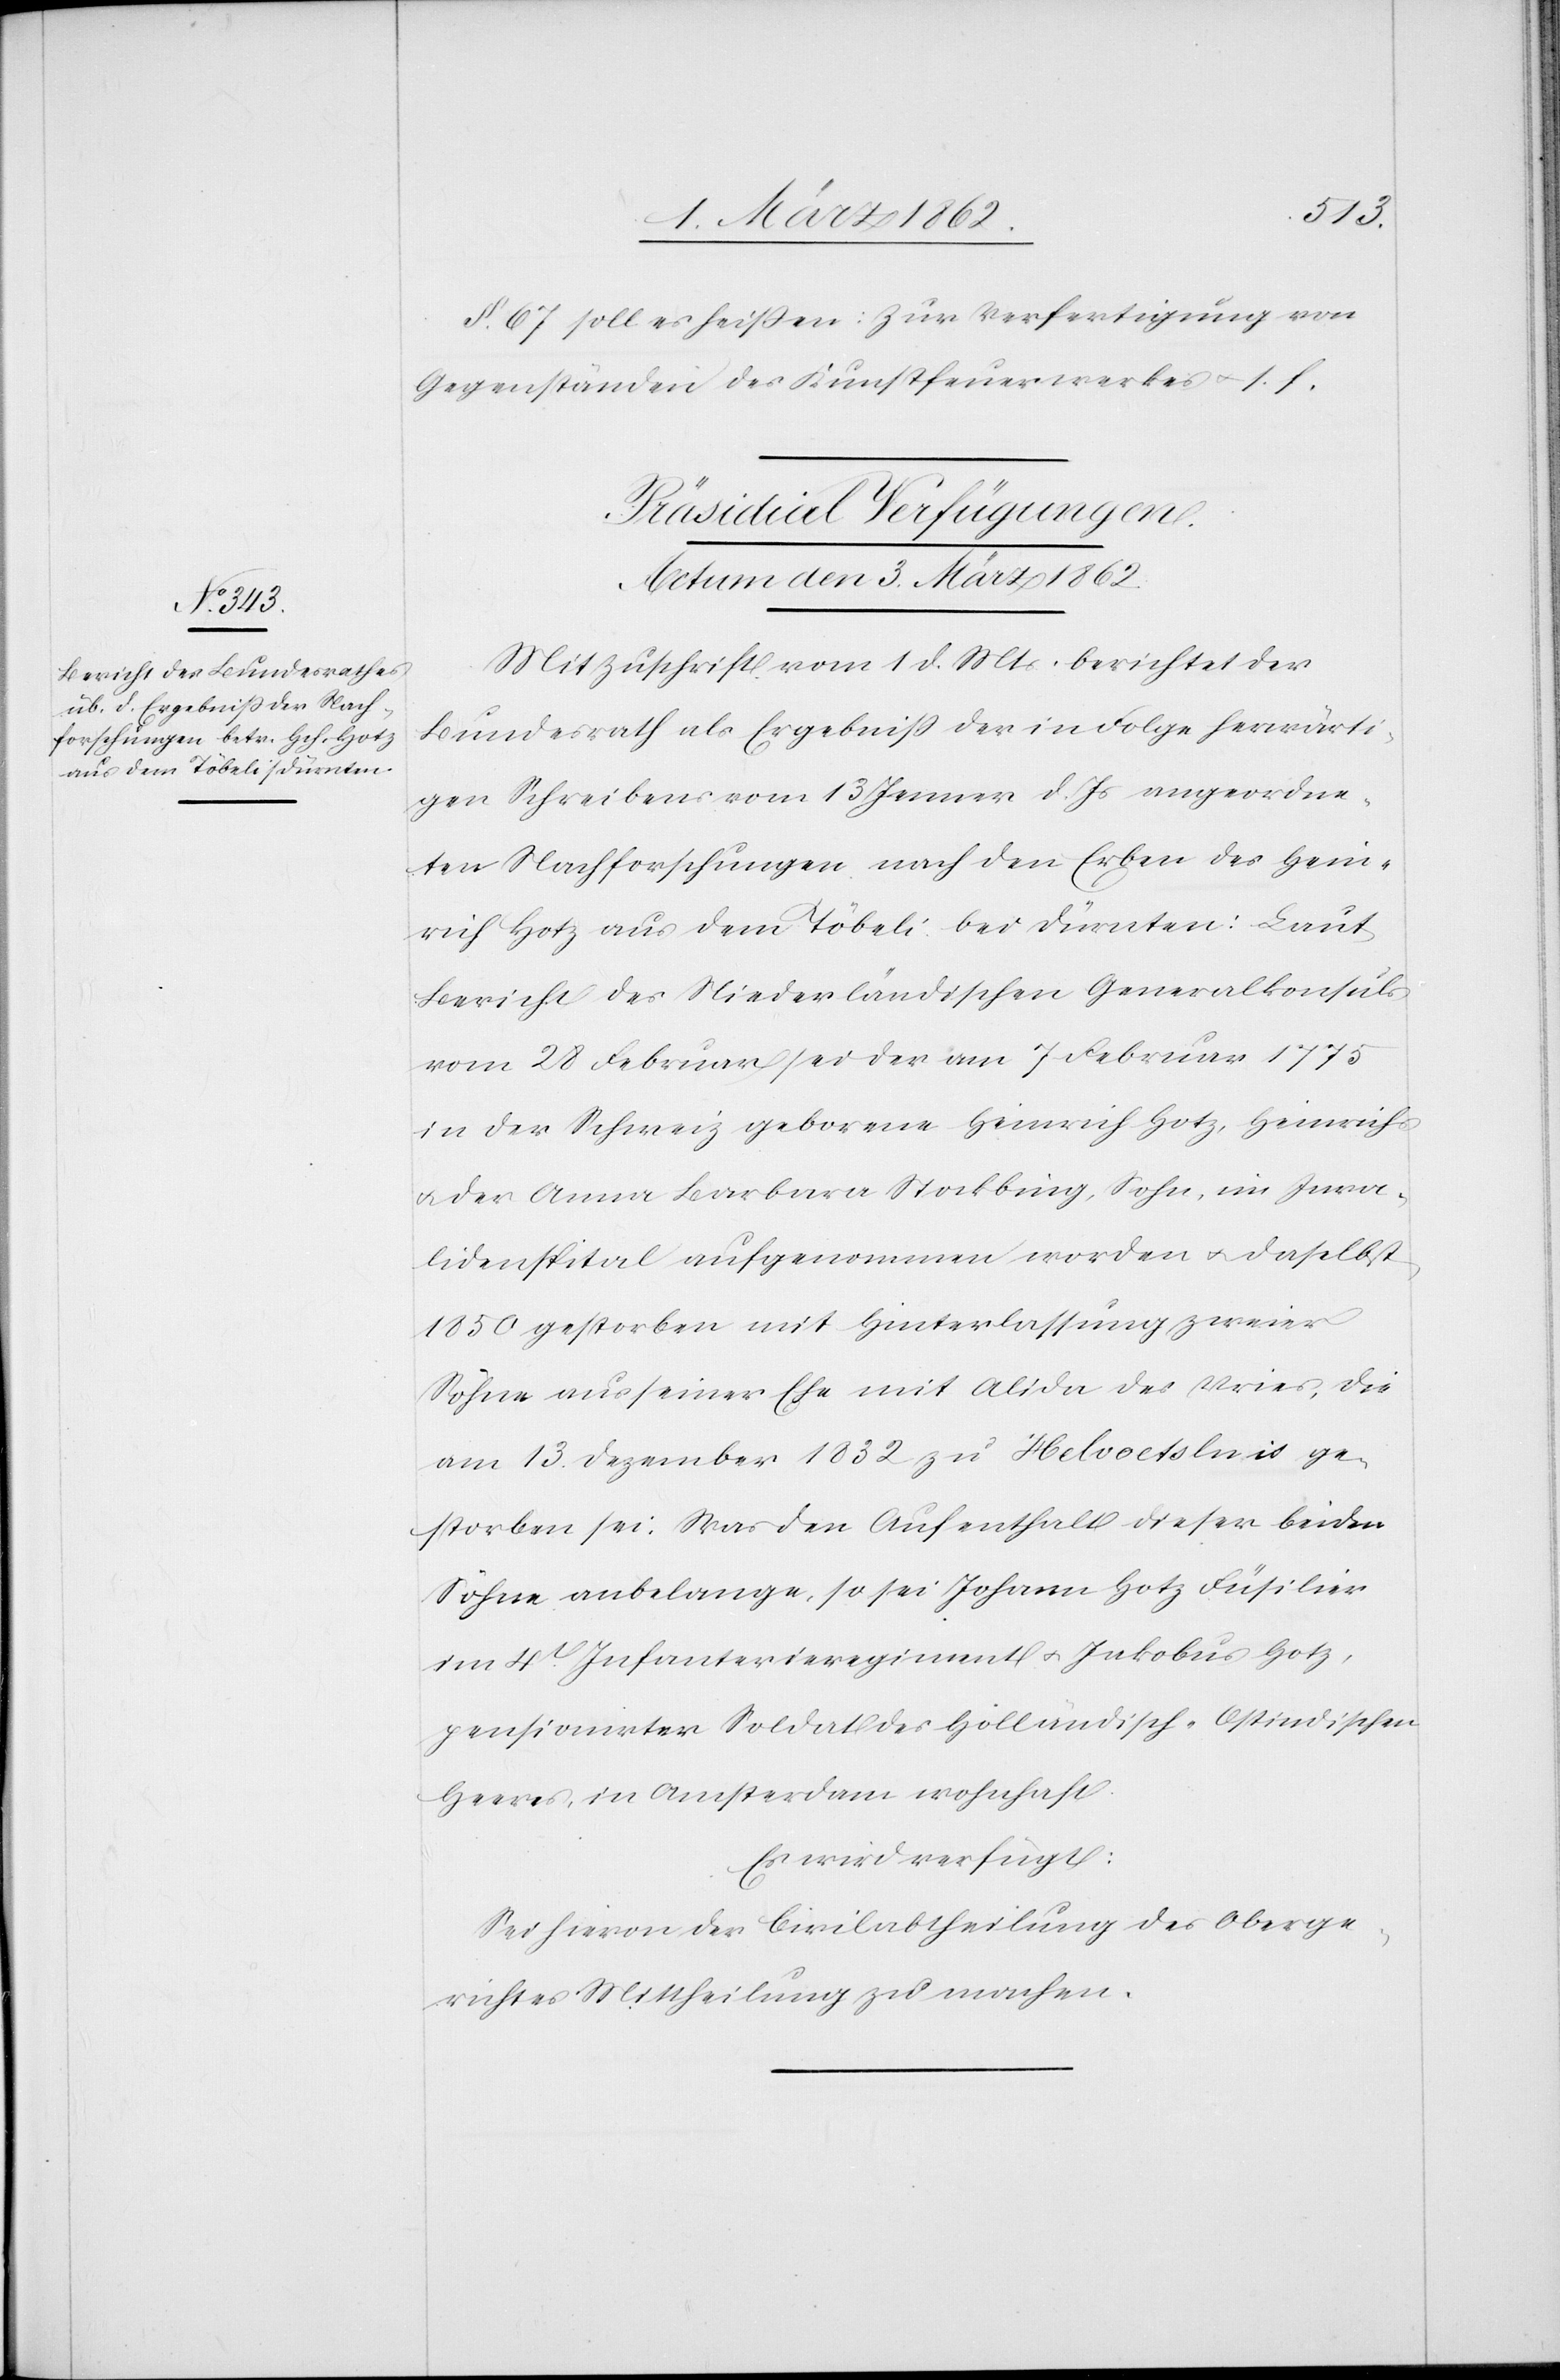
§. 67 soll es heißen: Zur Verfertigung von
Gegenständen des Kunstfeuerwerkes u. s. f.
Präsidial Verfügungen.
Actum den 3. März 1862.
Mit Zuschrift vom 1 d. Mts. berichtet der
Bundesrath als Ergebniß der in Folge herwärti¬
gen Schreibens vom 13 Jenner d. Js angeordne¬
ten Nachforschungen nach den Erben des Hein¬
rich Hotz aus dem Töbeli bei Dürnten: Laut
Bericht des Niederländischen Generalkonsuls
vom 28 Februar sei der am 7 Februar 1775
in der Schweiz geborene Heinrich Hotz, Heinrichs
u. der Anna Barbara Stockbing, Sohn, im Inva¬
lidenspital aufgenommen worden u. daselbst
1850 gestorben mit Hinterlassung zweier
Söhne aus seiner Ehe mit Alida des Vries, die
am 13. Dezember 1832 zu Helvoetsluis ge¬
storben sei. Was den Aufenthalt dieser beiden
Söhne anbelange, so sei Johann Hotz Füsilier
im 4t. Infanterieregiment u. Jakobus Hotz,
pensionirter Soldat des Holländisch-Ostindischen
Heeres, in Amsterdam wohnhaft.
Es wird verfügt:
Sei hievon der Civilabtheilung des Oberge¬
richtes Mittheilung zu machen.